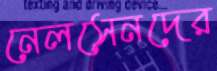
নেলসেনদের